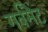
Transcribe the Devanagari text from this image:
गर्वमैंट